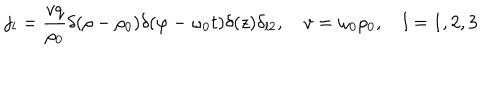
LaTeX: j _ { l } = \frac { v q } { \rho _ { 0 } } \delta ( \rho - \rho _ { 0 } ) \delta ( \varphi - \omega _ { 0 } t ) \delta ( z ) \delta _ { l 2 } , \quad v = \omega _ { 0 } \rho _ { 0 } , \quad l = 1 , 2 , 3